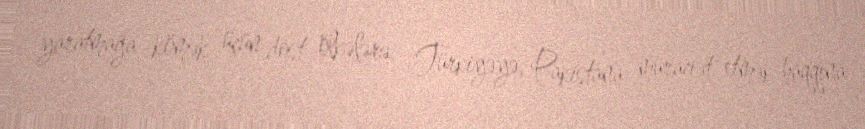
yaratmağa kömək üçün dost ölkələrə - Türkiyəyə, Pakistana müraciət etmək haqqına